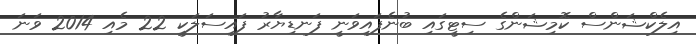
އިލެކްޝަންސް ކޮމިޝަންގެ ސިޓީގައި ބުނެފައިވަނީ ފަނޑިޔާރު ފައިސަލަކީ 22 މެއި 2014 ވަނަ